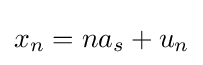
x_{n}=na_{s}+u_{n}